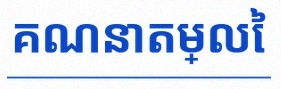
គណនាតម្លៃ